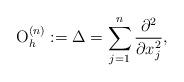
LaTeX: \begin{align*} {\rm O}_h^{(n)}:=\Delta=\sum_{j=1}^{n}\frac{\partial^2}{\partial x_j^2},\end{align*}